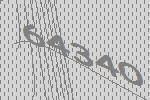
64340